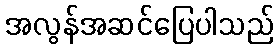
အလွန်အဆင်ပြေပါသည်